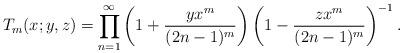
LaTeX: \begin{align*}T_{m}(x;y,z)=\prod_{n=1}^{\infty}\left(1+\frac{yx^m}{(2n-1)^m}\right)\left(1-\frac{zx^m}{(2n-1)^m}\right)^{-1}.\end{align*}